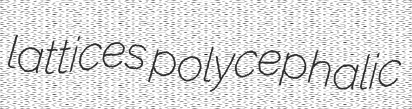
lattices polycephalic